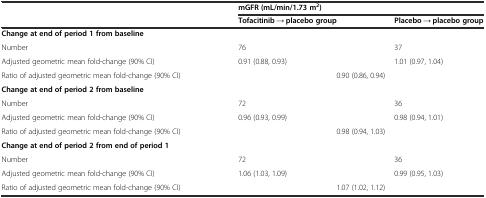
|  | <COLSPAN=2> mGFR (mL/min/1.73 m2) |
 |  | Tofacitinib → placebo group | Placebo → placebo group |
 | --- | --- | --- |
 | <COLSPAN=3> Change at end of period 1 from baseline |
 | Number | 76 | 37 |
 | Adjusted geometric mean fold-change (90% CI) | 0.91 (0.88, 0.93) | 1.01 (0.97, 1.04) |
 | Ratio of adjusted geometric mean fold-change (90% CI) | <COLSPAN=2> 0.90 (0.86, 0.94) |
 | <COLSPAN=3> Change at end of period 2 from baseline |
 | Number | 72 | 36 |
 | Adjusted geometric mean fold-change (90% CI) | 0.96 (0.93, 0.99) | 0.98 (0.94, 1.01) |
 | Ratio of adjusted geometric mean fold-change (90% CI) | <COLSPAN=2> 0.98 (0.94, 1.03) |
 | <COLSPAN=3> Change at end of period 2 from end of period 1 |
 | Number | 72 | 36 |
 | Adjusted geometric mean fold-change (90% CI) | 1.06 (1.03, 1.09) | 0.99 (0.95, 1.03) |
 | Ratio of adjusted geometric mean fold-change (90% CI) | <COLSPAN=2> 1.07 (1.02, 1.12) |